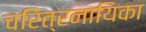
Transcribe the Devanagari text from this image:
चरित्रनायिका